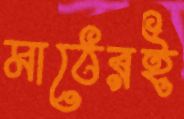
মাঠেরই